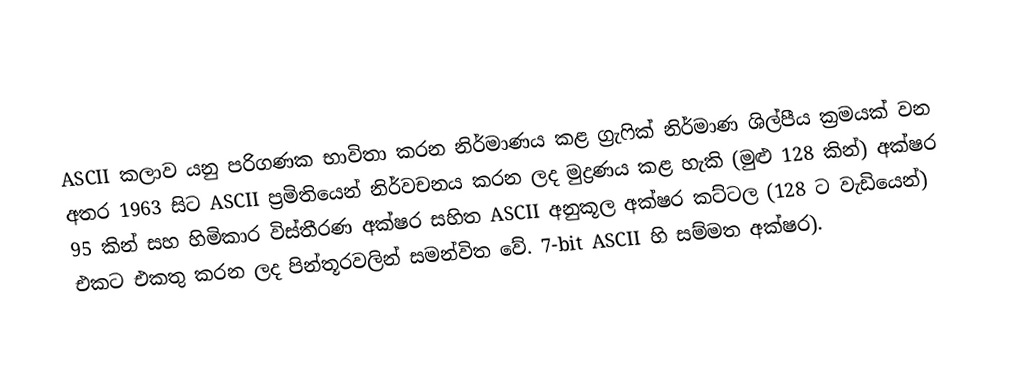
ASCII කලාව යනු පරිගණක භාවිතා කරන නිර්මාණය කළ ග්‍රැෆික් නිර්මාණ ශිල්පීය ක්‍රමයක් වන අතර 1963 සිට ASCII ප්‍රමිතියෙන් නිර්වචනය කරන ලද මුද්‍රණය කළ හැකි (මුළු 128 කින්) අක්ෂර 95 කින් සහ හිමිකාර විස්තීරණ අක්ෂර සහිත ASCII අනුකූල අක්ෂර කට්ටල (128 ට වැඩියෙන්) එකට එකතු කරන ලද පින්තූරවලින් සමන්විත වේ. 7-bit ASCII හි සම්මත අක්ෂර).